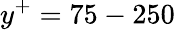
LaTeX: y^{+}=75-250